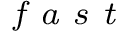
_ { \textit { f a s t } }